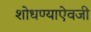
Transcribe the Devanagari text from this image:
शोधण्याऐवजी